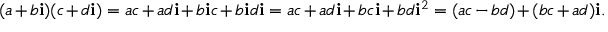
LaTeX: ( a + b \mathbf { i } ) ( c + d \mathbf { i } ) = a c + a d \mathbf { i } + b \mathbf { i } c + b \mathbf { i } d \mathbf { i } = a c + a d \mathbf { i } + b c \mathbf { i } + b d \mathbf { i } ^ { 2 } = ( a c - b d ) + ( b c + a d ) \mathbf { i } .